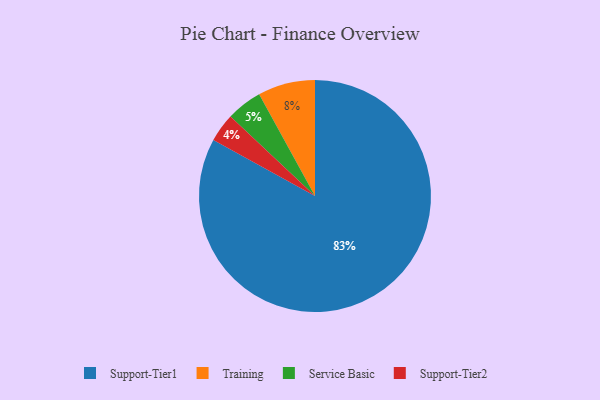
{"axis": {"x": "Category", "y": "Percentage"}, "legend": ["Service Basic", "Support-Tier1", "Support-Tier2", "Training"], "data": [{"x": "Support-Tier1", "y": 83, "type": "Support-Tier1"}, {"x": "Support-Tier2", "y": 4, "type": "Support-Tier2"}, {"x": "Training", "y": 8, "type": "Training"}, {"x": "Service Basic", "y": 5, "type": "Service Basic"}]}